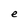
Character: e